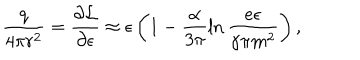
\frac { q } { 4 \pi r ^ { 2 } } = \frac { \partial { \cal L } } { \partial \epsilon } \approx \epsilon \left( 1 - \frac { \alpha } { 3 \pi } \ln \frac { e \epsilon } { \gamma \pi m ^ { 2 } } \right) ,